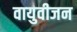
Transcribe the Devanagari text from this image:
वायुवीजन